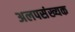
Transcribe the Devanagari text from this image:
अलपसंख्यक